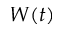
W ( t )